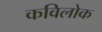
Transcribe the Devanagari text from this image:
कविलोक